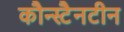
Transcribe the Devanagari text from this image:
कौन्स्टैनटीन